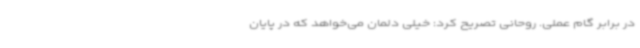
در برابر گام عملی. روحانی تصریح کرد: خیلی دلمان می‌خواهد که در پایان